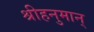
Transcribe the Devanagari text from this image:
श्रीहनुमान्